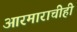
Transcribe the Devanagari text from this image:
आरमाराचीही